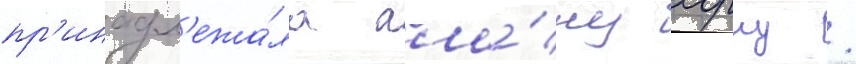
пр'инадл'ежа́ла ала́ну хорну /